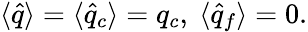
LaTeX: \langle\hat{q}\rangle=\langle\hat{q}_{c}\rangle=q_{c},{}~\langle\hat{q}_{f}\rangle=0.